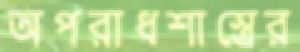
অপরাধশাস্ত্রের